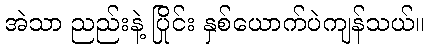
အဲသာ ညည်းနဲ့ ပြိုင်း နှစ်ယောက်ပဲကျန်သယ်။